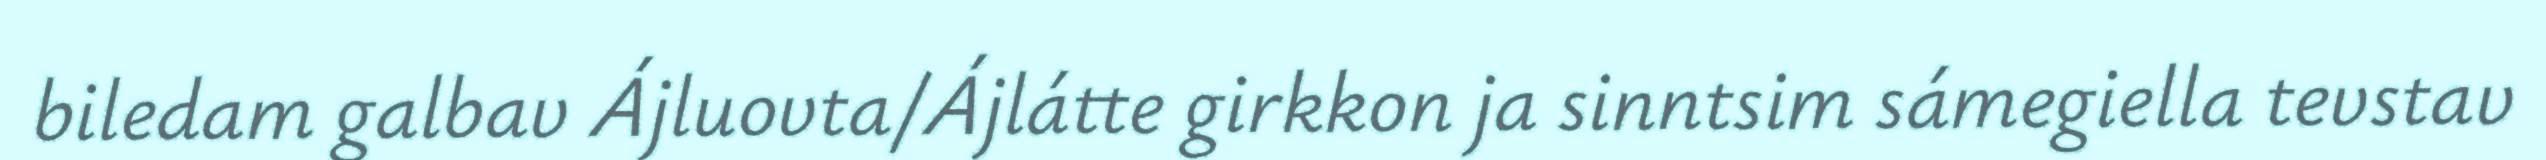
biledam galbav Ájluovta/Ájlátte girkkon ja sinntsim sámegiella tevstav